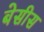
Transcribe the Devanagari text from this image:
बेसीस